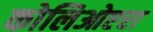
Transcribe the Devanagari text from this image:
कोलिओप्टरा